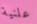
علنية